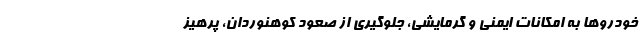
خودروها به امکانات ایمنی و گرمایشی، جلوگیری از صعود کوهنوردان، پرهیز